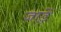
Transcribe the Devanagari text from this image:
जाड़ें